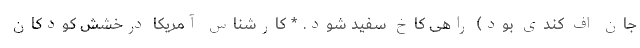
جان اف کندی بود) راهی کاخ سفید شود. * کارشناس آمریکا درخشش کودکان